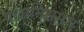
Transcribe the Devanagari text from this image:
पलानिसमय